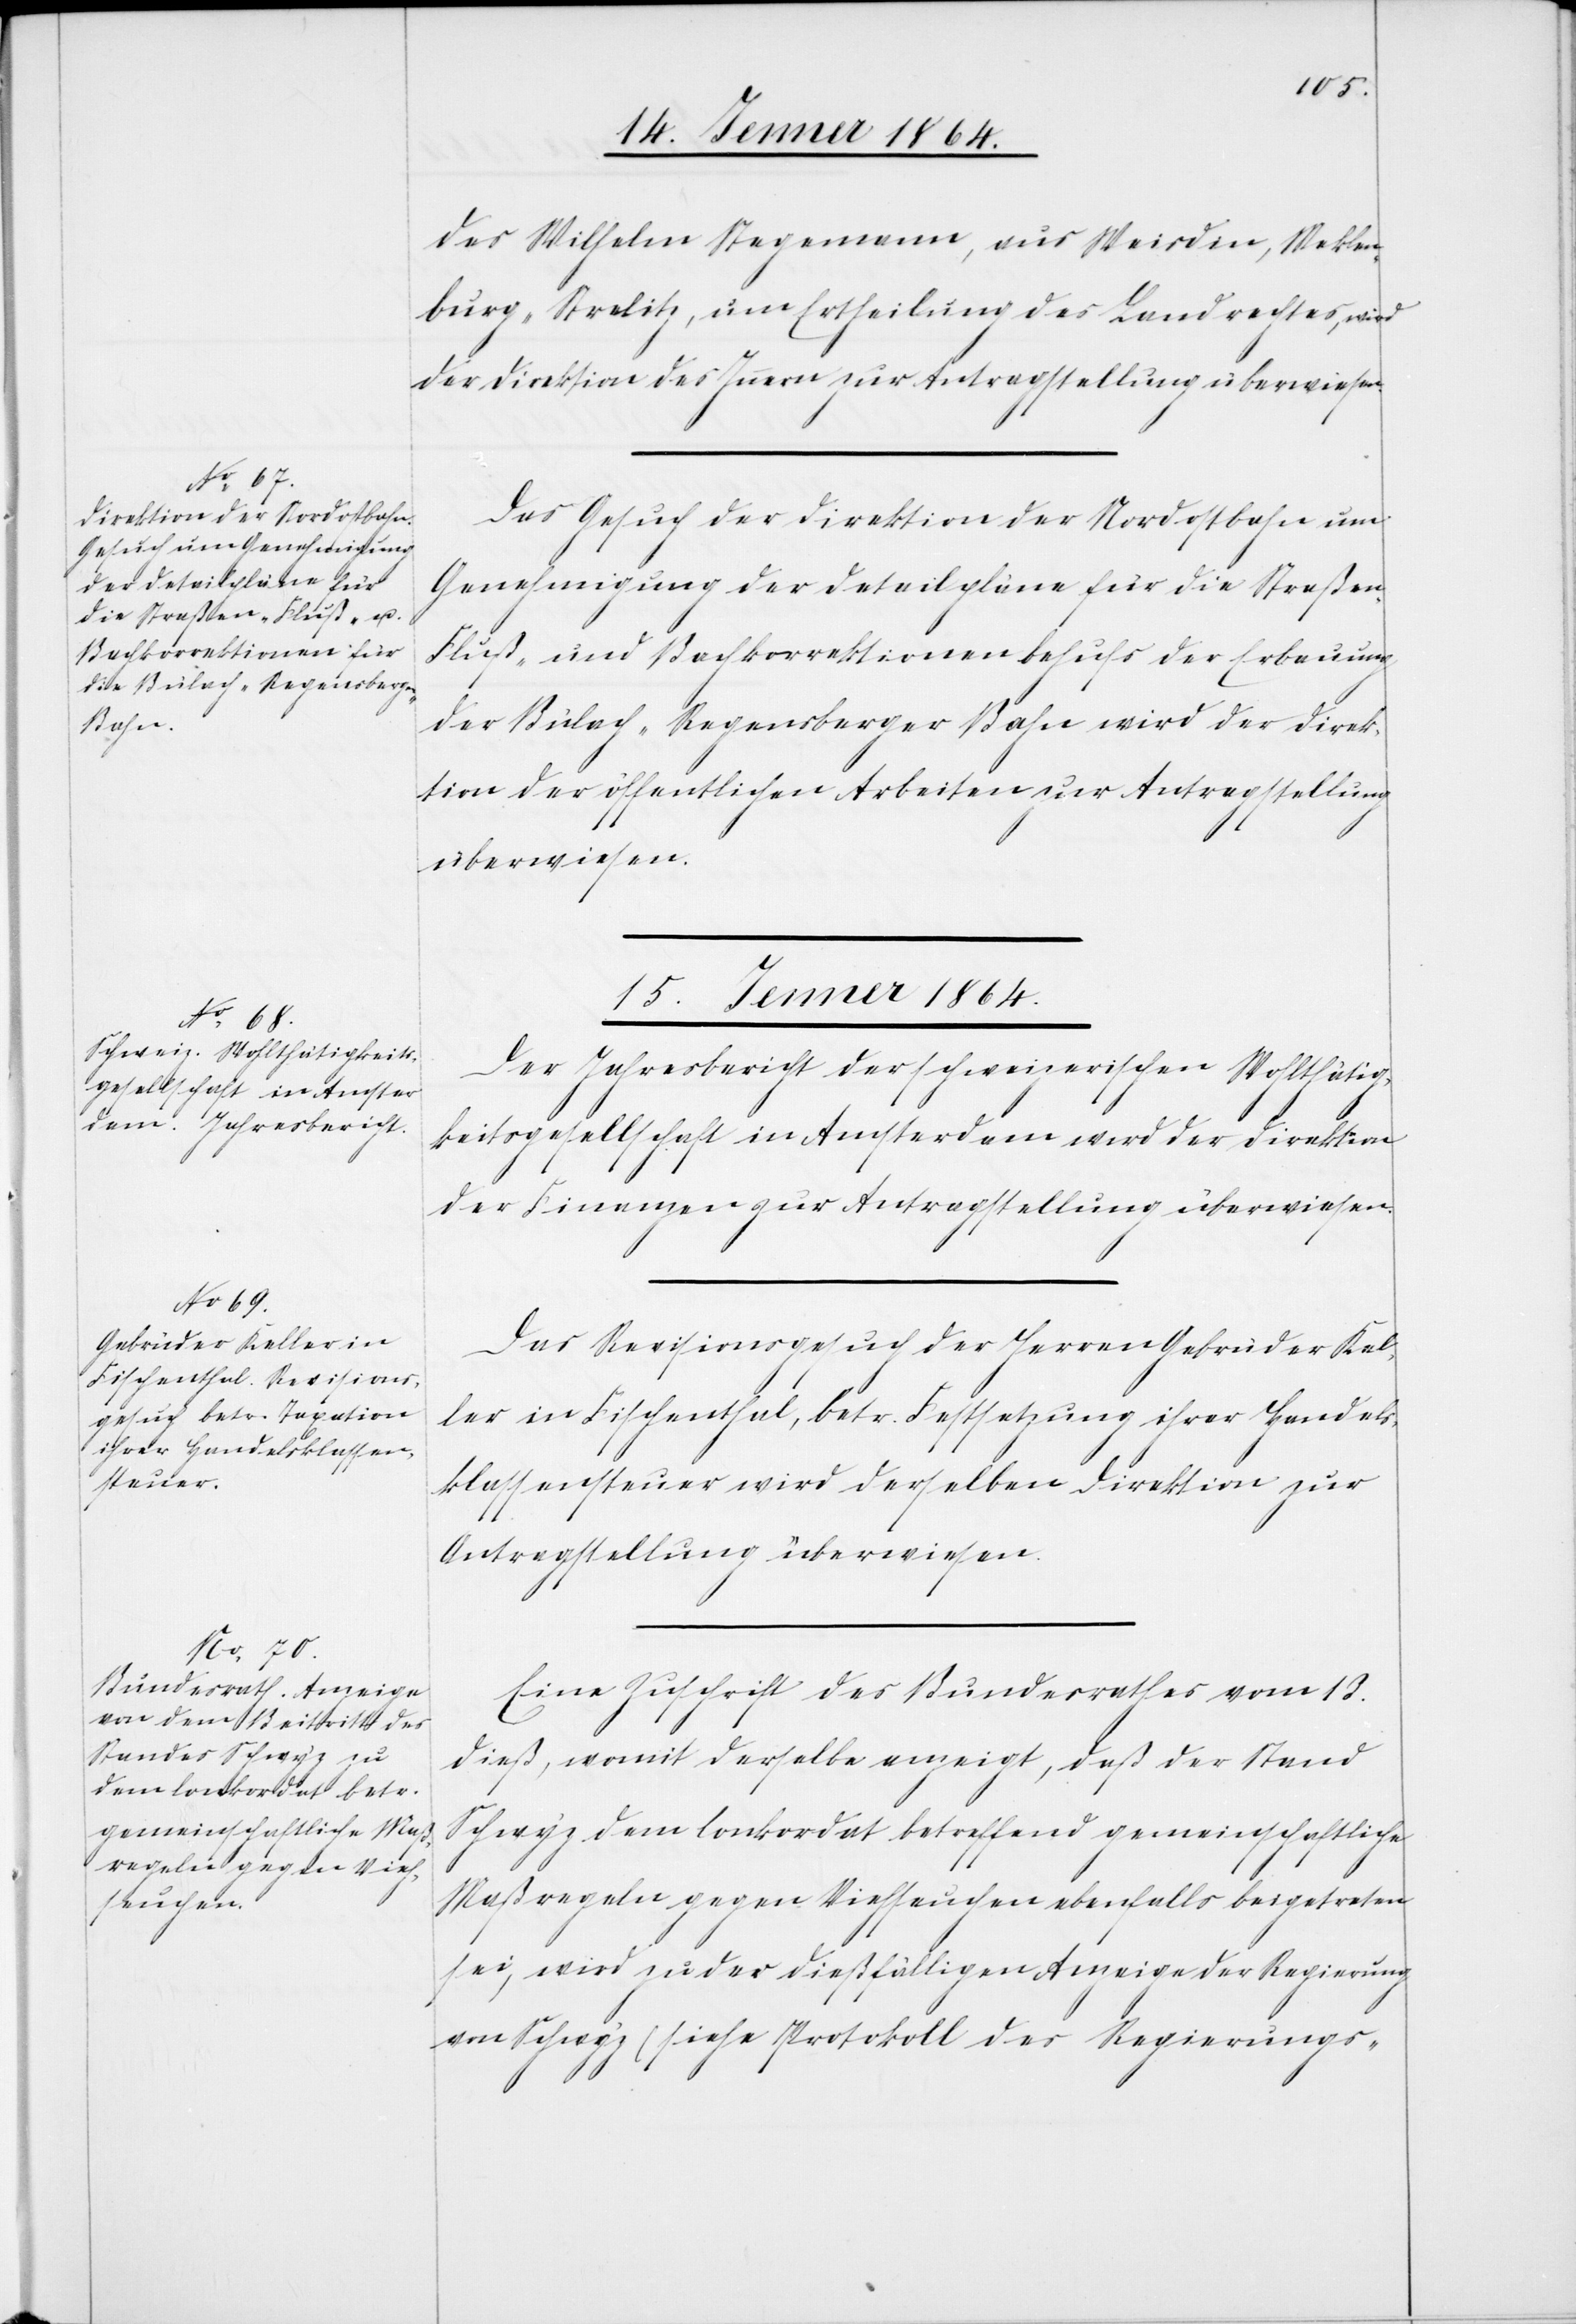
14. Jenner 1864.]
des Wilhelm Stegemann, aus Weisdin, Meklen¬
burg-Strelitz, um Ertheilung des Landrechtes, wird
der Direktion des Innern zur Antragstellung überwiesen.
Das Gesuch der Direktion der Nordostbahn um
Genehmigung der Detailpläne für die Straße¬
Fluß- und Bachkorrektionen behufs der Erbauung
der Bülach-Regensberger Bahn wir der Direk¬
tion der öffentlichen Arbeiten zur Antragstellung
überwiesen.
15. Jenner 1864.]
Der Jahresbericht der schweizerischen Wohltätig¬
keitsgesellschaft in Amsterdam wird der Direktion
der Finanzen zur Antragstellung überwiesen.
Das Revisionsgesuch der Herren Gebrüder Kel¬
ler in Fischenthal, betr. Festsetzung ihrer Handels¬
klassensteuer wird derselben Direktion zur
Antragstellung überwiesen.
Eine Zuschrift des Bundesrathes vom 13.
dieß, womit derselbe anzeigt, daß der Stand
Schwyz dem Conkordat betreffend gemeinschaftliche
n-[,]
Maßregeln gegen Viehseuchen ebenfalls beigetreten
sei, wird zu der dießfälligen Anzeige der Regierung
von Schwyz (siehe Protokoll des Regierungs-